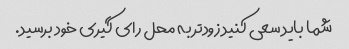
شما باید سعی کنید زودتر به محل رای گیری خود برسید.